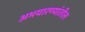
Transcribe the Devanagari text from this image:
अभयारण्यांतील